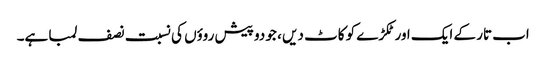
اب تار کے ایک اور ٹکڑے کو کاٹ دیں ، جو دو پیش روؤں کی نسبت نصف لمبا ہے۔